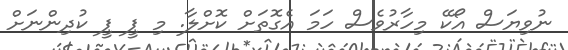
ނުވިޔަސް އޯކޭ މިހާރުވެސް ހަމަ އެގޮތަށް ކޮށްލާ. މި ޕީ ޕީ ކުދިންނަށް